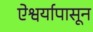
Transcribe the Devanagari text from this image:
ऐश्वर्यापासून